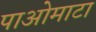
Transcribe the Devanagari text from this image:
पाओमाटा